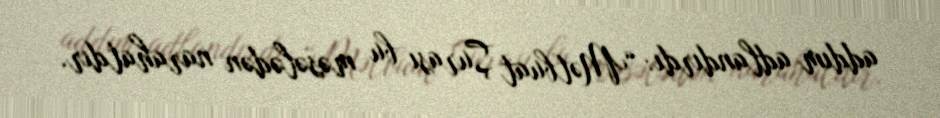
addım adlandırdı: “Mətbuat Şurası bu məsələdən narahatdır.